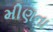
મીણના